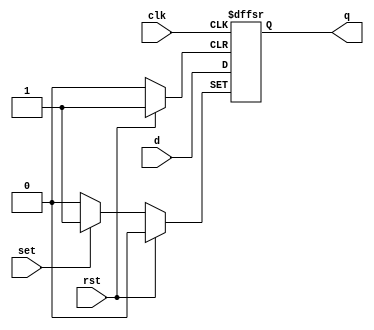
module d_flip_flop (
    input wire clk,
    input wire rst,
    input wire set,
    input wire d,
    output reg q
);

always @(posedge clk or posedge rst or posedge set) begin
    if (rst) begin
        q <= 1'b0;
    end else if (set) begin
        q <= 1'b1;
    end else begin
        q <= d;
    end
end

endmodule